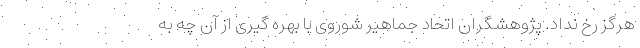
هرگز رخ نداد. پژوهشگران اتحاد جماهیر شوروی با بهره گیری از آن چه به